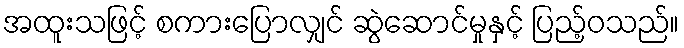
အထူးသဖြင့် စကားပြောလျှင် ဆွဲဆောင်မှုနှင့် ပြည့်ဝသည်။